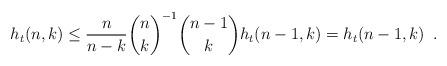
LaTeX: \begin{align*}h_t(n,k) \le\frac{n}{n-k} \binom{n}{k}^{-1} \binom{n-1}{k} h_t(n-1,k) =h_t(n-1,k) \enspace .\end{align*}